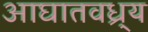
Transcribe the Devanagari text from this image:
आघातवध्र्य